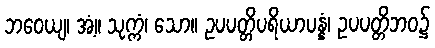
ဘဝေယျ၊ အံ့။ သုက္ကံ၊ သော။ ဥပပတ္တိပရိယာပန္နံ၊ ဥပပတ္တိဘဝ၌